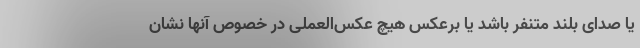
یا صدای بلند متنفر باشد یا برعکس هیچ عکس‌العملی در خصوص آنها نشان